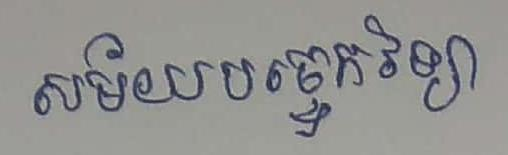
សម័យបច្ចេកវិទ្យា